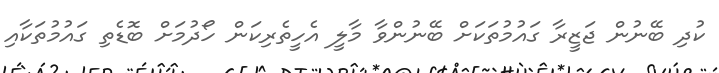
ކުދި ބޭނުން ޖަޒީރާ ގައުމުތަކަށް ބޭނުންވާ މާލީ އެހީތެރިކަން ހޯދުމަށް ބޮޑެތި ގައުމުތަކާއި